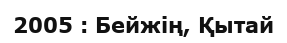
2005 : Бейжің, Қытай